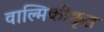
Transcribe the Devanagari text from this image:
वाल्मिकीकृत